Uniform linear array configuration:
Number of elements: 12
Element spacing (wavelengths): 0.25
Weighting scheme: hann
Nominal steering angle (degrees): -15
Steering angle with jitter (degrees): -14.07
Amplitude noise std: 0.05
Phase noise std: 0.05

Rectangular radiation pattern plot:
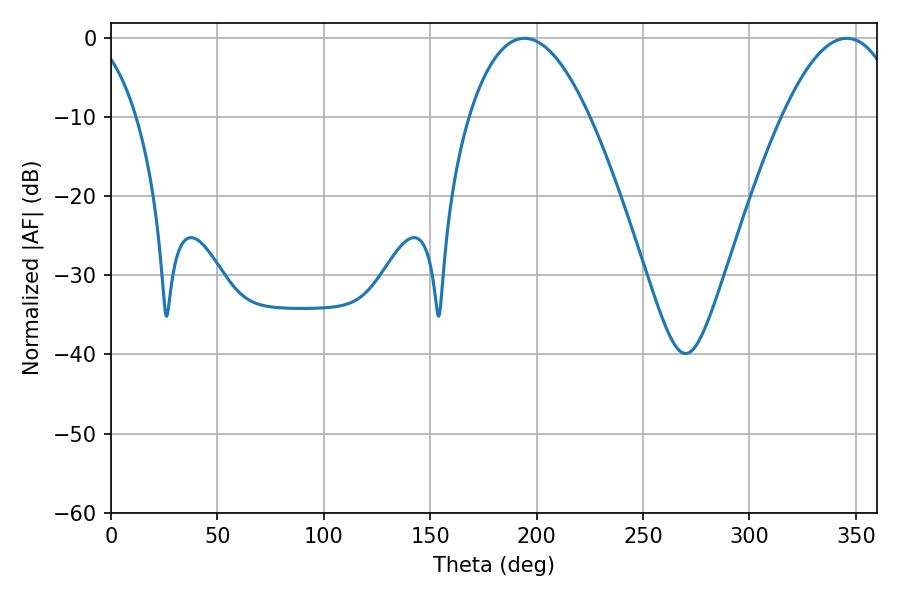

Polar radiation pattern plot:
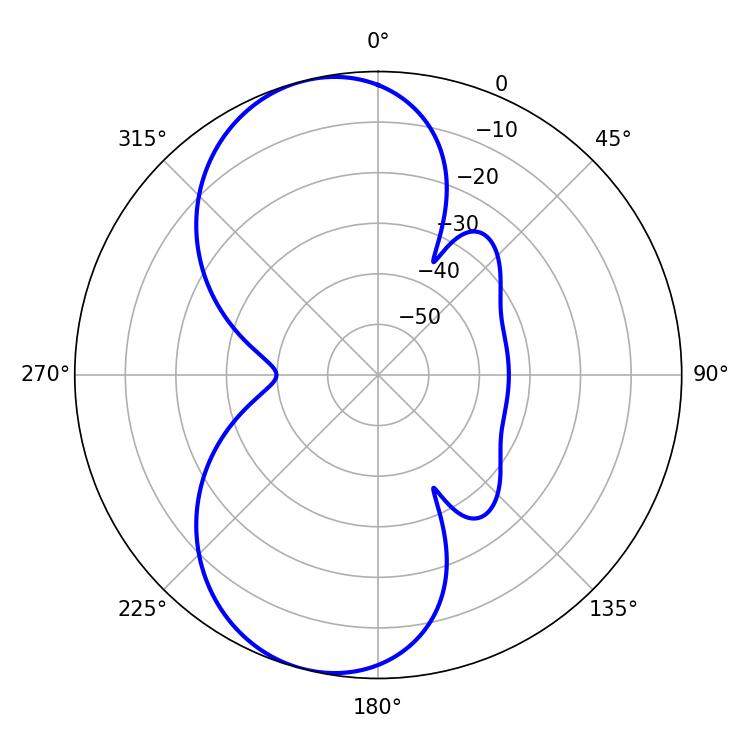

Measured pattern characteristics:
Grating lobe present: FALSE
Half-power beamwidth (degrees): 31.32
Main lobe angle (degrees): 194.22